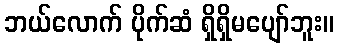
ဘယ်လောက် ပိုက်ဆံ ရှိရှိမပျော်ဘူး။